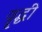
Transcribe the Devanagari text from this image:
वॄद्धी